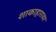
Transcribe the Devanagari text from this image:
शाकाहारावर